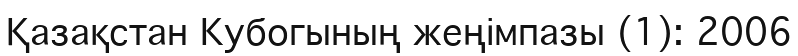
Қазақстан Кубогының жеңімпазы (1): 2006